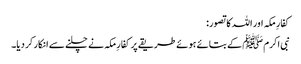
کفارِ مکہ اور اللہ کا تصور:
نبی اکرمﷺ کے بتائے ہوئے طریقے پر کفارِ مکہ نے چلنے سے انکار کر دیا۔